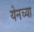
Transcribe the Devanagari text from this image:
येनच्या